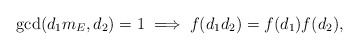
\begin{align*} \gcd(d_1 m_E, d_2) = 1 \; \Longrightarrow \; f(d_1d_2) = f(d_1) f(d_2),\end{align*}